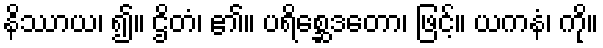
နိဿာယ၊ ၍။ ဌိတံ၊ ၏။ ပရိစ္ဆေဒတော၊ ဖြင့်။ ယကနံ၊ ကို။